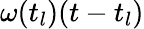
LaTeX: \omega(t_{l})(t-t_{l})